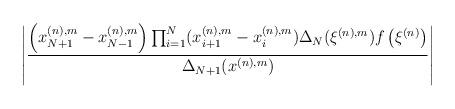
LaTeX: \begin{align*}\left|\frac{\left(x_{N+1}^{(n),m}-x_{N-1}^{(n),m}\right)\prod_{i=1}^{N}(x^{(n),m}_{i+1}-x^{(n),m}_i)\Delta_N(\xi^{(n),m})f\left(\xi^{(n)}\right)}{\Delta_{N+1}(x^{(n),m})}\right|\end{align*}